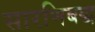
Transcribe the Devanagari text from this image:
सारणिबद्ध